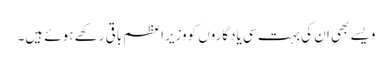
ویسے بھی ان کی بہت سی یادگاروں کووزیراعظم باقی رکھے ہوئے ہیں۔